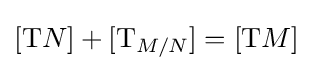
[\mathrm {T} N]+[\mathrm {T} _{M/N}]=[\mathrm {T} M]